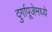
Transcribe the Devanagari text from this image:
दुर्गापूजेमध्ये